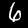
Label: 6